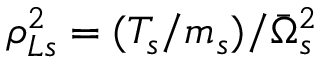
\rho _ { L s } ^ { 2 } = ( T _ { s } / m _ { s } ) / \bar { \Omega } _ { s } ^ { 2 }